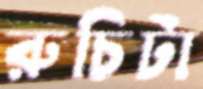
রুচিটা